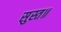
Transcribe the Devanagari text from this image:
सुस्त॥